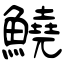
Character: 鱙